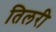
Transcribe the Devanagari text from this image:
तिलरी